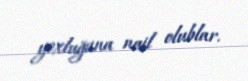
yoxluğuna nail olublar.